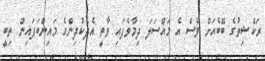
ރަކްޝިތުގެ ބޭބެއަށް ވެސް އެ މައްސަލަ ދިމާވެފައި ވާތީ އެދެކުދިންގެ މައިންބަފައިން ތިބީ